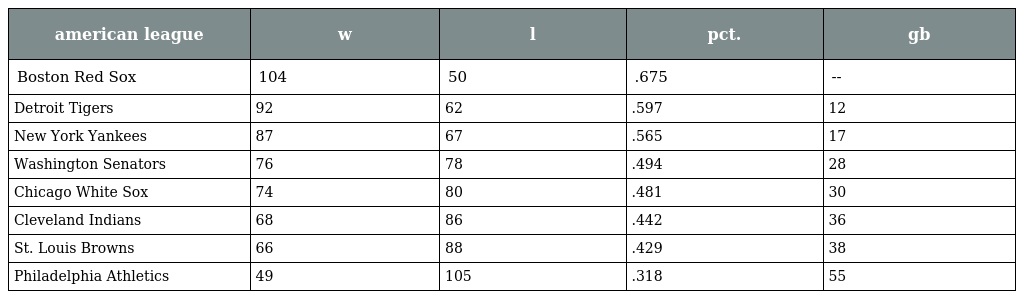
| american league | w | l | pct. | gb |
 | --- | --- | --- | --- | --- |
 | Boston Red Sox | 104 | 50 | .675 | -- |
 | Detroit Tigers | 92 | 62 | .597 | 12 |
 | New York Yankees | 87 | 67 | .565 | 17 |
 | Washington Senators | 76 | 78 | .494 | 28 |
 | Chicago White Sox | 74 | 80 | .481 | 30 |
 | Cleveland Indians | 68 | 86 | .442 | 36 |
 | St. Louis Browns | 66 | 88 | .429 | 38 |
 | Philadelphia Athletics | 49 | 105 | .318 | 55 |